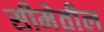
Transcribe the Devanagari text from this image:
सीमेतील